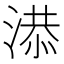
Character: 𣺖